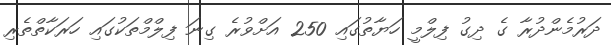
ދަރުމެންދުރާ ގެ ދިގު ފިލްމީ ހަޔާތުގައި 250 އަށްވުރެ ގިނަ ފިލްމްތަކުގައި ހަރަކާތްތެރި